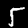
Label: 5